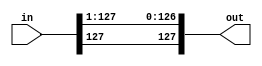
module sra (
  input [127:0]in,
  output [127:0]out
);

  assign out = {in[127], in[127:1]};
  
endmodule